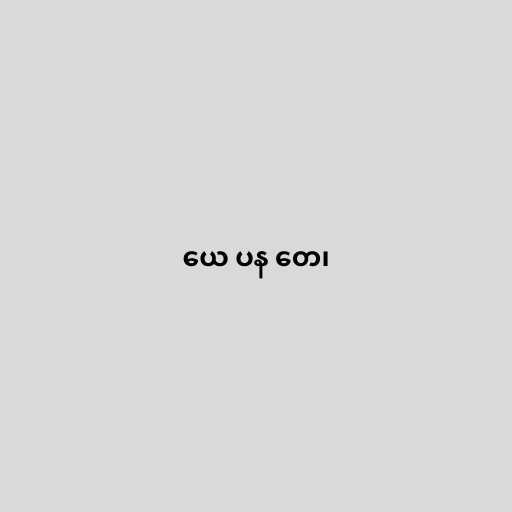
ယေ ပန တေ၊